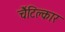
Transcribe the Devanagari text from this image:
चैंटिक्लार